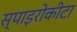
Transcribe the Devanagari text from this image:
स्पाइरोकीटा